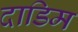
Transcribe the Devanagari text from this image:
दाडिम